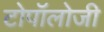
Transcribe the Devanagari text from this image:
टोपॉलोजी